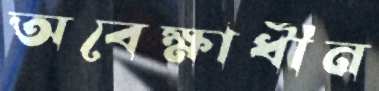
অবেক্ষাধীন